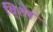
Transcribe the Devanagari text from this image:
वि्शेष